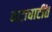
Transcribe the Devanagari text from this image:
वाटाघाटींत